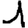
Digit: 1